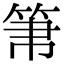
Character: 𥬬